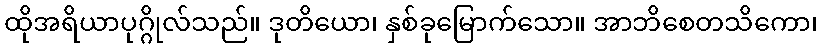
ထိုအရိယာပုဂ္ဂိုလ်သည်။ ဒုတိယော၊ နှစ်ခုမြောက်သော။ အာဘိစေတသိကော၊